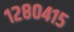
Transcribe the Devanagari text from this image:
१२८०४१५